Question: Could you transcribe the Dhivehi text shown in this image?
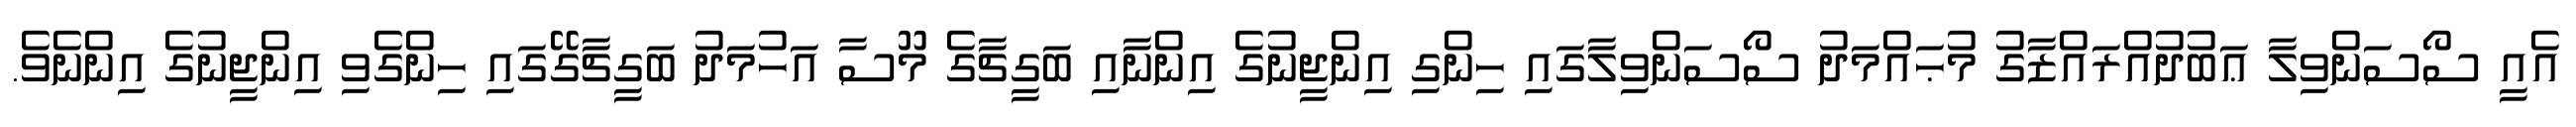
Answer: އެއީ ސޯސަންވިލާ ޢަބުދުއްރައްޒާގު މުޙައްމަދު ސޯސަންވިލާގައި ހިންގި އިންޖީނުގެ އިންނާއި ބަގީޗާގެ މޫސާ އަހުމަދު ބަގީޗާގޭގައި ހިންގެވި އިންޖީނުގެ އިންނެވެ.